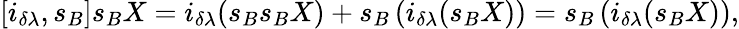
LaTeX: \left[i_{\delta\lambda},s_{B}\right]s_{B}X=i_{\delta\lambda}(s_{B}s_{B}X)+s_{B}\left(i_{\delta\lambda}(s_{B}X)\right)=s_{B}\left(i_{\delta\lambda}(s_{B}X)\right),